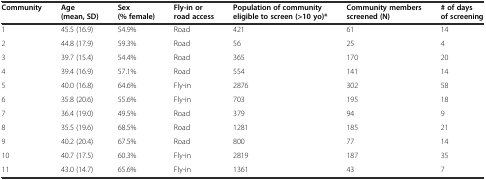
<table><thead><tr><td><b>Community</b></td><td><b>Age (mean, SD)</b></td><td><b>Sex (% female)</b></td><td><b>Fly-in or road access</b></td><td><b>Population of community eligible to screen (&gt;10 yo)*</b></td><td><b>Community members screened (N)</b></td><td><b># of days of screening</b></td></tr></thead><tbody><tr><td>1</td><td>45.5 (16.9)</td><td>54.9%</td><td>Road</td><td>421</td><td>61</td><td>14</td></tr><tr><td>2</td><td>44.8 (17.9)</td><td>59.3%</td><td>Road</td><td>56</td><td>25</td><td>4</td></tr><tr><td>3</td><td>39.7 (15.4)</td><td>54.4%</td><td>Road</td><td>365</td><td>170</td><td>20</td></tr><tr><td>4</td><td>39.4 (16.9)</td><td>57.1%</td><td>Road</td><td>554</td><td>141</td><td>14</td></tr><tr><td>5</td><td>40.0 (16.8)</td><td>64.6%</td><td>Fly-in</td><td>2876</td><td>302</td><td>58</td></tr><tr><td>6</td><td>35.8 (20.6)</td><td>55.6%</td><td>Fly-in</td><td>703</td><td>195</td><td>18</td></tr><tr><td>7</td><td>36.4 (19.0)</td><td>49.5%</td><td>Road</td><td>379</td><td>94</td><td>9</td></tr><tr><td>8</td><td>35.5 (19.6)</td><td>68.5%</td><td>Road</td><td>1281</td><td>185</td><td>21</td></tr><tr><td>9</td><td>40.2 (20.4)</td><td>67.5%</td><td>Road</td><td>800</td><td>77</td><td>14</td></tr><tr><td>10</td><td>40.7 (17.5)</td><td>60.3%</td><td>Fly-in</td><td>2819</td><td>187</td><td>35</td></tr><tr><td>11</td><td>43.0 (14.7)</td><td>65.6%</td><td>Fly-in</td><td>1361</td><td>43</td><td>7</td></tr></tbody></table>